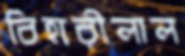
বিহারীলাল